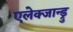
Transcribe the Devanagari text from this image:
एलेक्जान्ड्रु